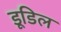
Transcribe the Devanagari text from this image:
डूडिल